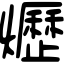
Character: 爏